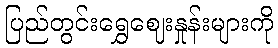
ပြည်တွင်းရွှေဈေးနှုန်းများကို